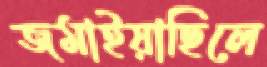
জমাইয়াছিলে